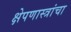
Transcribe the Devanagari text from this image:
क्षेपणास्त्रांचा